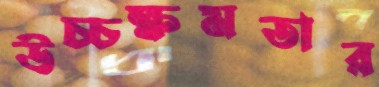
উচ্চক্ষমতার